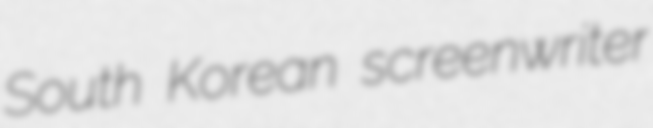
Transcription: South Korean screenwriter